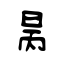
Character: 昺